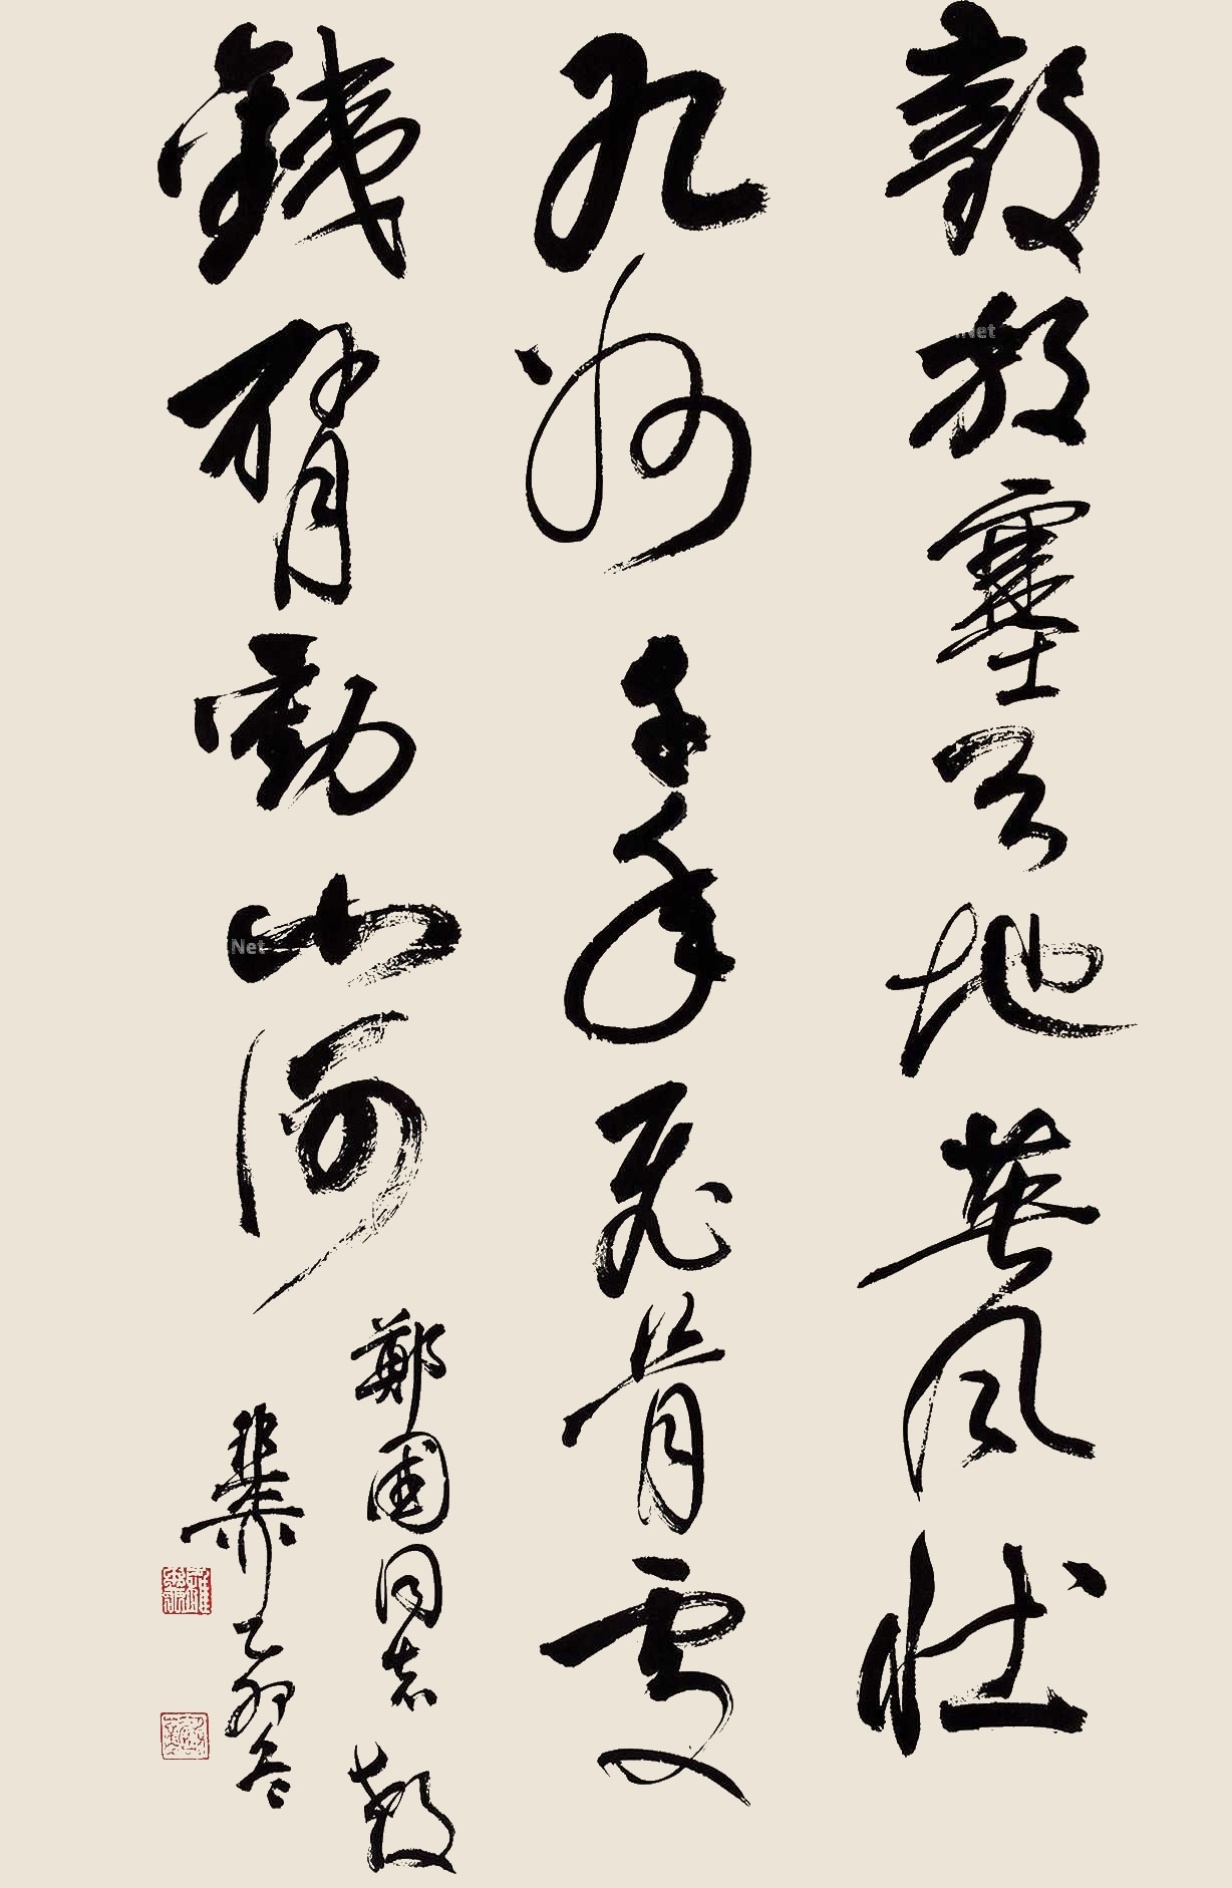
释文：毅放塞天地，英风壮九州岛。千年飞骨处，铁臂劲山海。郑国同志教，稚柳，乙卯冬。